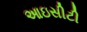
આઇસીટી